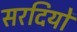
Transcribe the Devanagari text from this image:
सरदियों